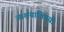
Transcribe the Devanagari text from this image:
आशयाविषयी